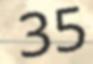
35